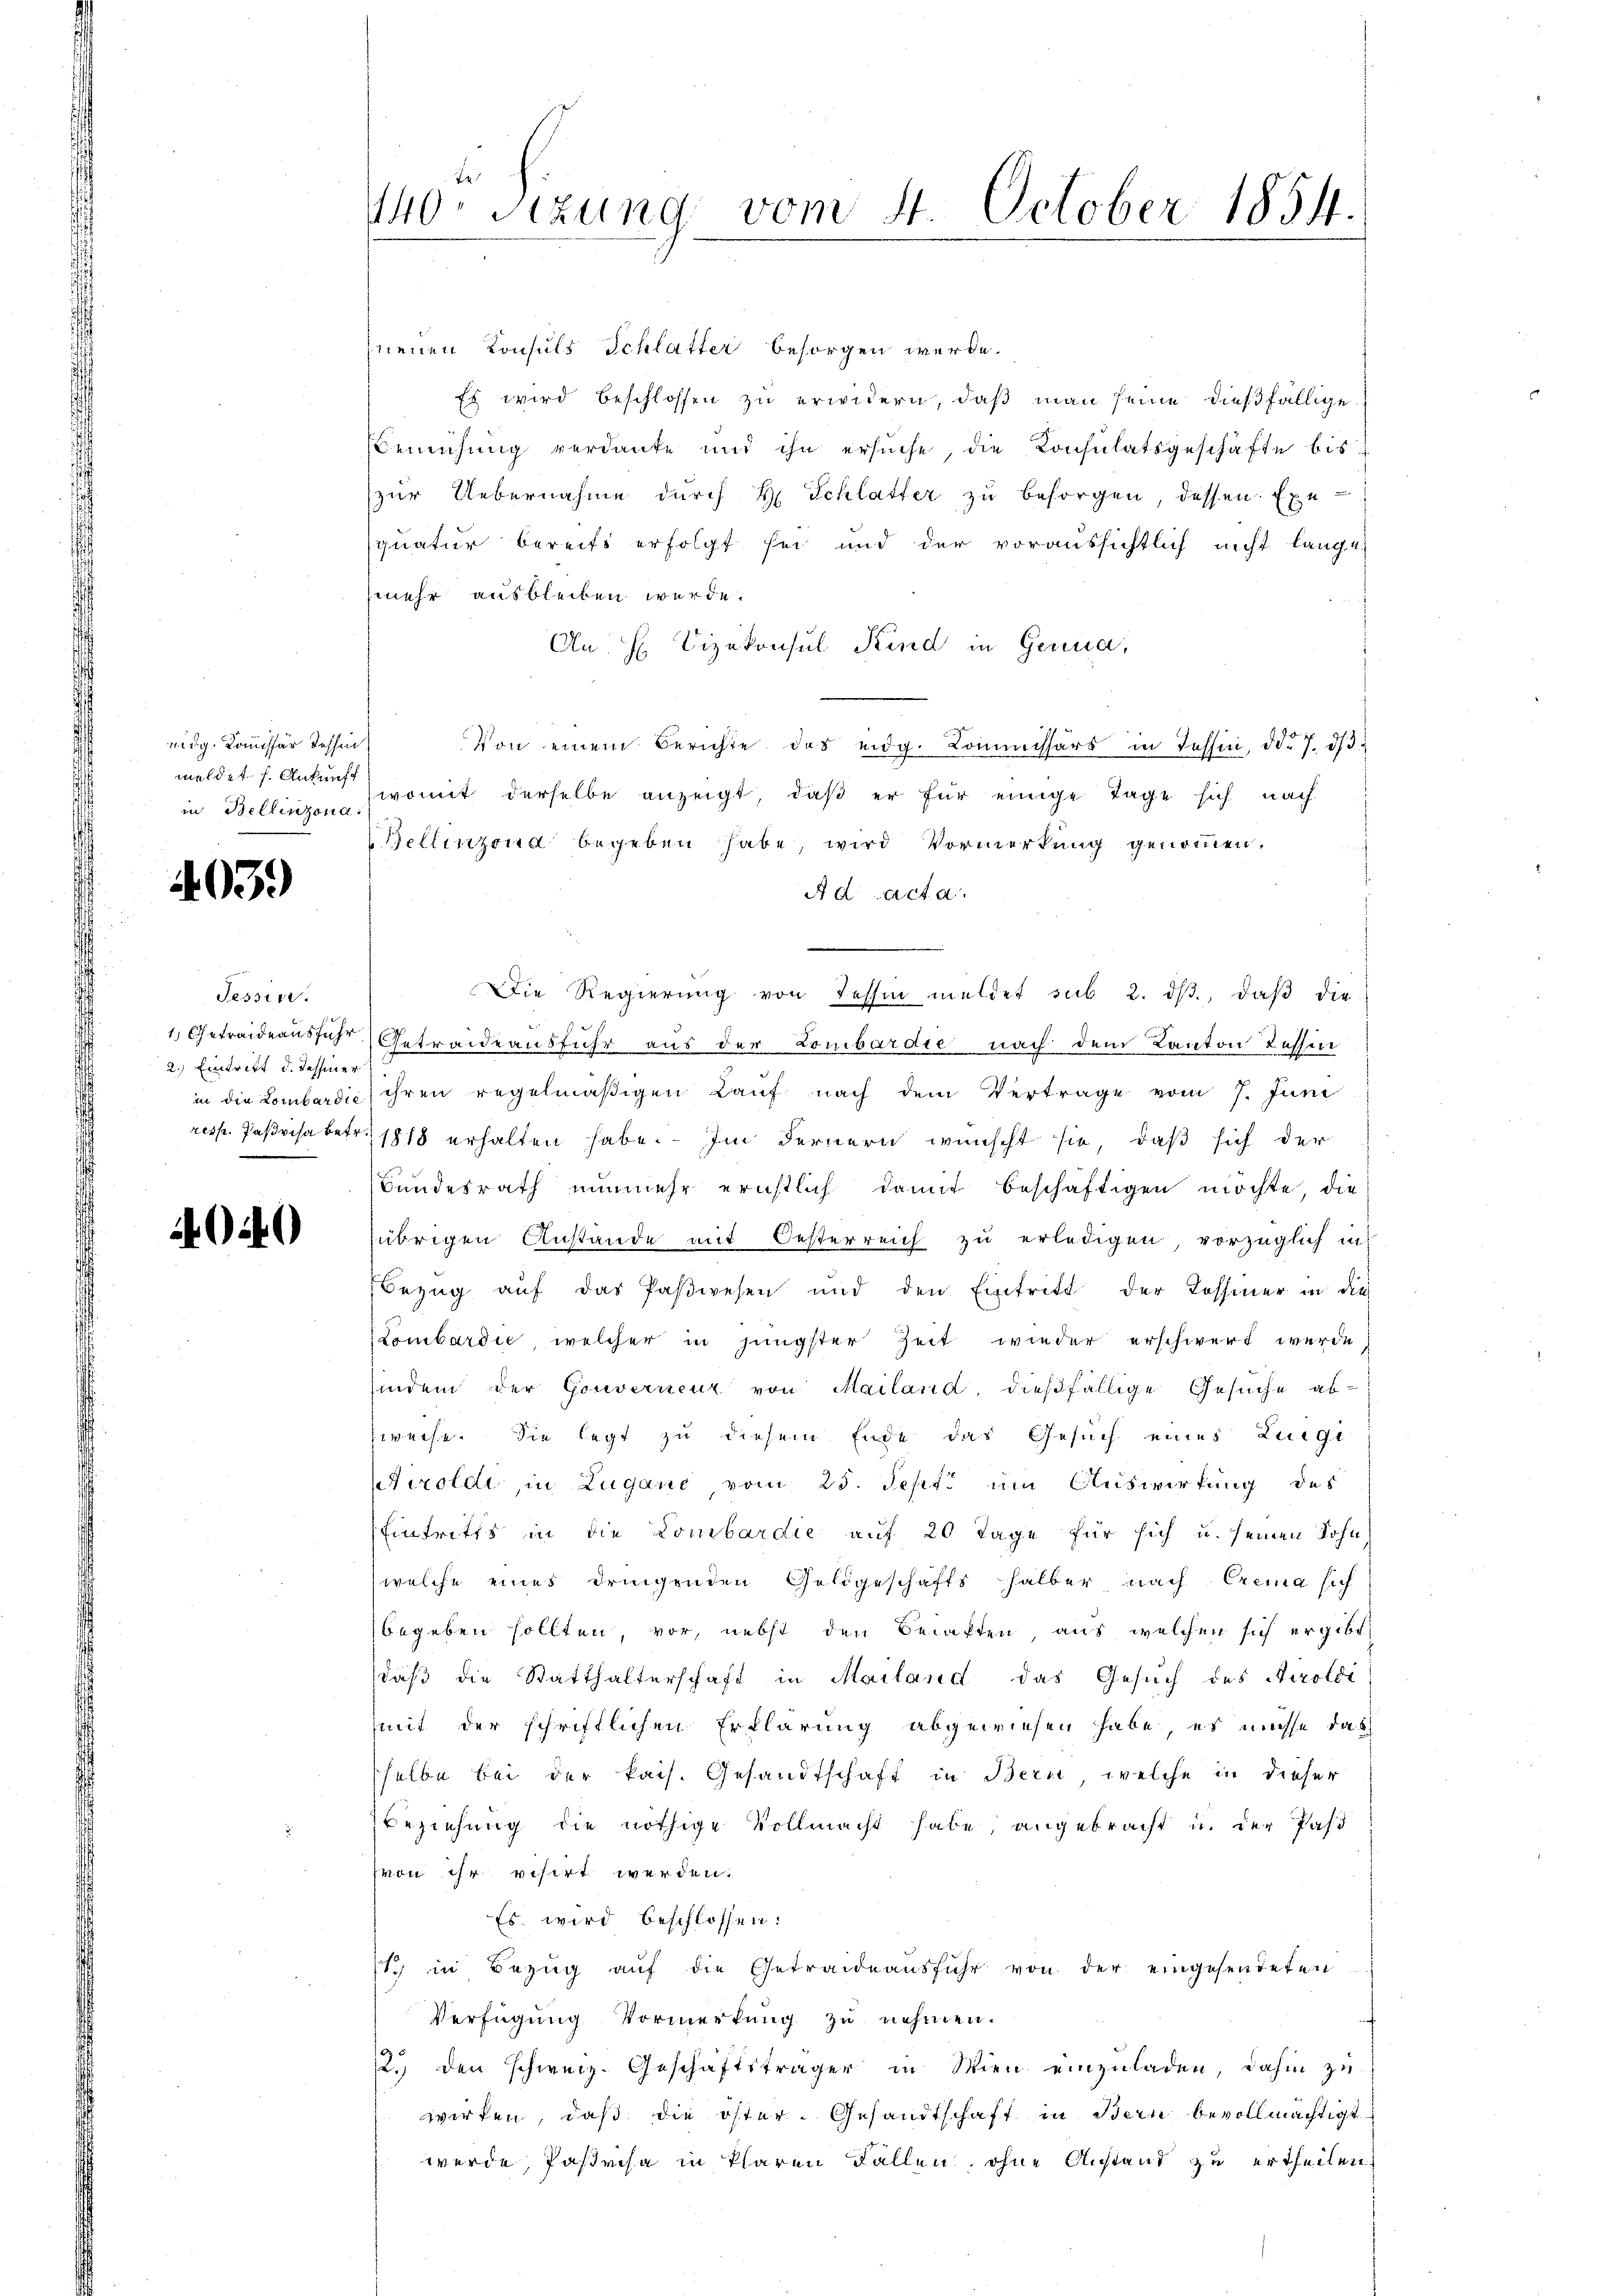
nidg. Kommissär dessin
meldet. f. Ankunft
in Bellinzona:

403.)

Tessin.
2.) Eintritt d. Tessiner

40

neuen Konsuls Schlatter besorgen werde.
Es wird beschlossen zu erwidern, daß man seine dießfällige
Bemühung verdanke und ihn ersuche, die Konsulatsgeschäfte bis
zur Uebernahme durch H. Schlatter zu besorgen, dessen Exequatur bereits erfolgt sei und der voraussichtlich nicht lange
mehr ausbleiben werde.
An H. Vizekonsul Kind in Genua,
Von einem Berichte des eidg. Kommissärs in Tessin, d. 7. dβ
womit derselbe anzeigt, daβ er für einige Tage sich nach
Bellinzona begeben habe, wird Vormerkung genommen.
Ad acta
Die Regierŭng von Tessin meldet sub 2. dβ, daβ die
1 Getreideausfuhr Getraideausfuhr aus der Lombardie nach dem Kanton Tessin
in die Lombardić) ihren regelmäßigen Lauf nach dem Vertrage vom 7. Juni
resp. Parisabetr. 1818 erhalten habe. — Im Fernern wünscht sie, daß sich der
Bundesrath nunmehr ernstlich damit beschäftigen möchte, die
(übrigen Anstände mit Oesterreich zu erledigen, vorzüglich in
Bezug auf das Paßwesen und den Eintritt der Kossiner in die
Lombardić, welcher in jüngster Zeit wieder erschwert werde,
findem der Gouverneur von Mailand, dießfällige Gesuche abweise. Sie legt zu diesem Ende das Gesuch eines Luigi
Tiroldi, in Lugano vom 25. Sept. um Auswirkung des
Eintritts in die Lombardie auf 20 Tage für sich u. seinen Sohn
(welche eines dringenden Geldgeschäfts halber, nach Crema sich
begeben sollten, vor, nebst den Behaften aus welchen sich ergibt,
daß die Statthalterschaft in Mailand das Gesuch des Airoloi
mit der schriftlichen Erklärung abgewiesen habe, es müsse das
selbe bei der kais. Gesandtschaft in Bern, welche in dieser
Beziehung die nöthige Vollmacht habe, angebracht u. der Pass
(von ihr visirt werden.
Es wird beschlossen:
s in Bezŭg aŭf die Getraideaŭsführ von der eingesendeten
Verfügung Vormerkung zu nehmen.
22. den schweiz. Geschäftsträger in Wien einzuladen, dahin zu
wirken, daß die öster. Gesandtschaft in Bern bevollmächtigt
werde, Parisa in klaren Fallen, ohne Anstand zu ertheilen,

140. Sitzung vom 4. October 1854.